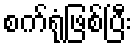
စက်ရုံဖြစ်ပြီး